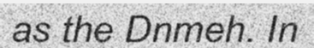
as the Dnmeh. In